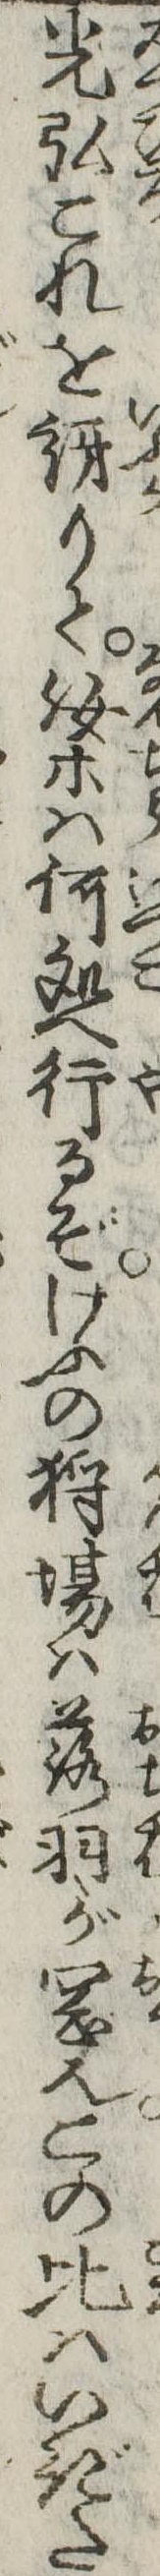
光弘これを訝りて汝等は何処へ行るぞけふの場は落羽が岡也この比はいぎた